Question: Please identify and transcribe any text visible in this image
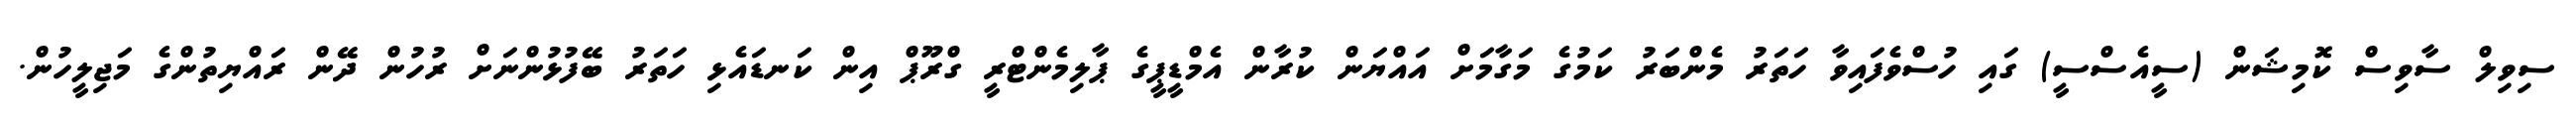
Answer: ސިވިލް ސާވިސް ކޮމިޝަން (ސީއެސްސީ) ގައި ހުސްވެފައިވާ ހަތަރު މެންބަރު ކަމުގެ މަގާމަށް އައްޔަން ކުރާން އެމްޑީޕީގެ ޕާލިމެންޓްރީ ގްރޫޕް އިން ކަނޑައެޅި ހަތަރު ބޭފުޅުންނަށް ރުހުން ދޭން ރައްޔިތުންގެ މަޖިލީހުން.